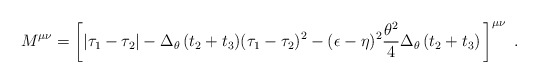
\begin{align*}M^{\mu\nu}= \left[ \vert \tau_1 -\tau_2 \vert- \Delta_\theta\,(t_2+t_3)(\tau_1-\tau_2)^2 -(\epsilon-\eta)^2{\theta^2\over4}\Delta_\theta\, (t_2+t_3)\, \right]^{\mu\nu}\ . \end{align*}